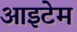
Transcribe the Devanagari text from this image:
आइटेम